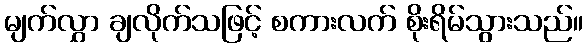
မျက်လွှာ ချလိုက်သဖြင့် စကားလက် စိုးရိမ်သွားသည်။